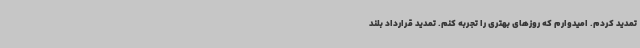
تمدید کردم. امیدوارم که روزهای بهتری را تجربه کنم. تمدید قرارداد بلند